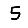
Digit: 5